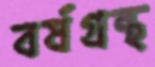
বর্ষগ্রন্থ